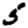
Digit: 5